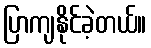
ပြာကျနိုင်ခဲ့တယ်။